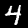
Digit: 4